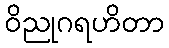
ဝိညုဂရဟိတာ